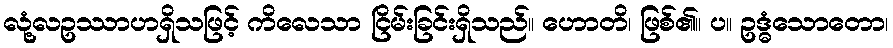
လုံ့လဥဿာဟရှိသဖြင့် ကိလေသာ ငြိမ်းခြင်းရှိသည်။ ဟောတိ၊ ဖြစ်၏။ ပ။ ဥဒ္ဓံသောတော၊